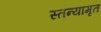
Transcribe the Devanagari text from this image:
स्तन्यामृत